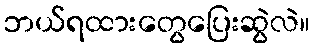
ဘယ်ရထားတွေပြေးဆွဲလဲ။